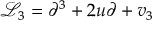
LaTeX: { \mathcal L } _ { 3 } = \partial ^ { 3 } + 2 u \partial + v _ { 3 }